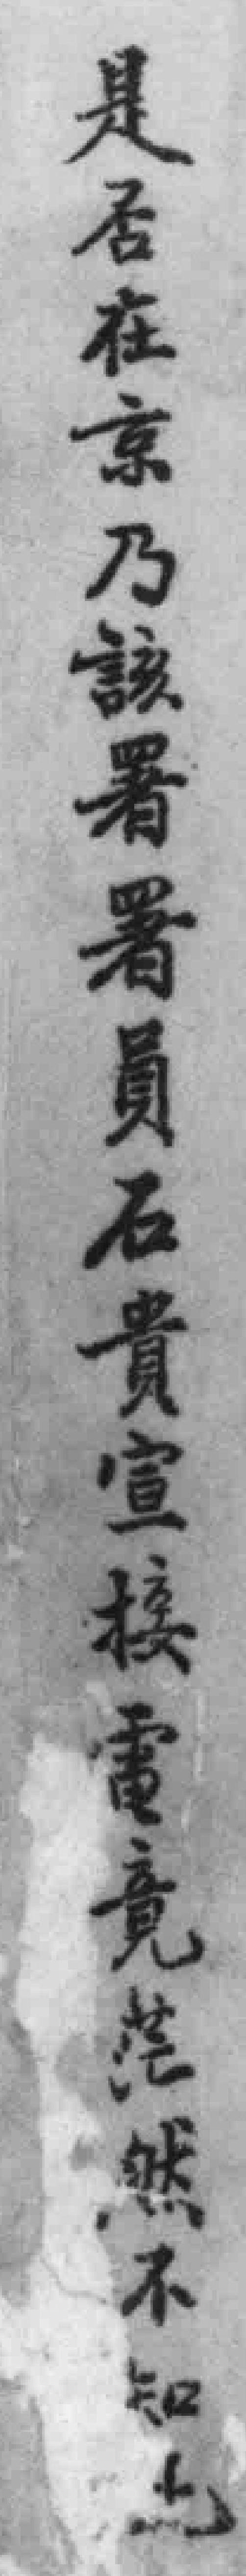
是居在京乃該署署員石貴宣接電竟些然不知*